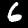
Label: 6